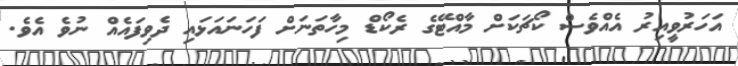
އަހަރުވީއިރު އެއްވެސް ކޯޗަކަށް މާއްޓޭގެ ރެކޯޑް މިހާތަނަށް ފަހަނައަޅައި ދެވިފައެއް ނުވެ އެވެ.